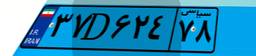
۳۳D۱۱۳۷۹